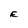
Character: E